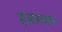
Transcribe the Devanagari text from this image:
हजारावरून